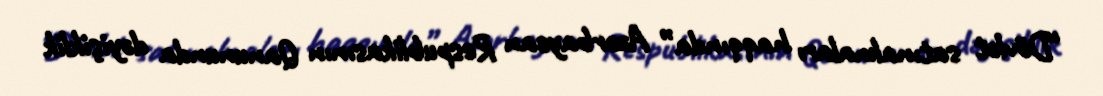
“Dövlət satınalmaları haqqında” Azərbaycan Respublikasının Qanununda dəyişiklik